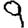
Digit: 9